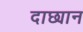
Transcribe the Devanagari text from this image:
दाछ्यान